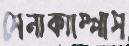
সেনাক্যাম্পাস